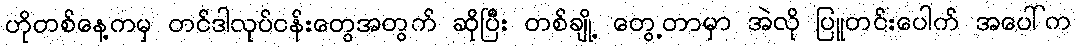
ဟိုတစ်နေ့ကမှ တင်ဒါလုပ်ငန်းတွေအတွက် ဆိုပြီး တစ်ချို့ တွေ့တာမှာ အဲလို ပြူတင်းပေါက် အပေါ်က